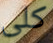
كلى